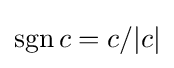
\operatorname {sgn} c=c/|c|